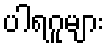
ပါရဂူများ